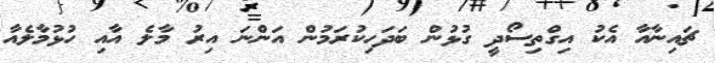
ޗައިނާއާ އެކު އިގްތިސޯދީ ގުޅުން ބަދަހިކުރަމުން އަންނަ އިރު މާލެ އާއި ހުޅުމާލެއާ